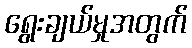
ရွေးချယ်မှုအတွက်